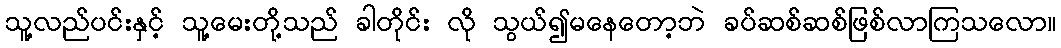
သူ့လည်ပင်းနှင့် သူ့မေးတို့သည် ခါတိုင်း လို သွယ်၍မနေတော့ဘဲ ခပ်ဆစ်ဆစ်ဖြစ်လာကြသလော။